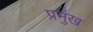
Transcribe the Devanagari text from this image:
प्रमुंख